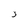
Character: 3